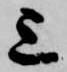
上